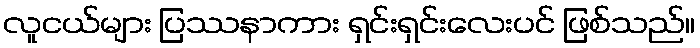
လူငယ်များ ပြဿနာကား ရှင်းရှင်းလေးပင် ဖြစ်သည်။